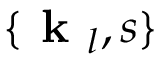
\{ \textbf { k } _ { l } , s \}